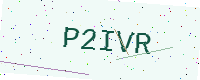
Text: P2IVR